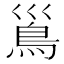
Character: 𩾣